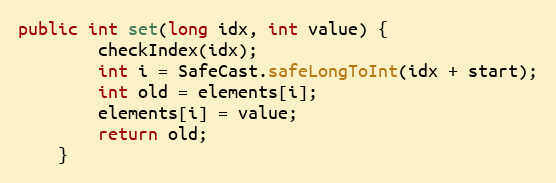
Language: Java
public int set(long idx, int value) {
        checkIndex(idx);
        int i = SafeCast.safeLongToInt(idx + start);
        int old = elements[i];
        elements[i] = value;
        return old;
    }